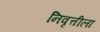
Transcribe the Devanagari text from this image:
निवृत्तीला